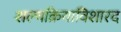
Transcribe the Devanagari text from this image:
शल्यक्रियाविशारद